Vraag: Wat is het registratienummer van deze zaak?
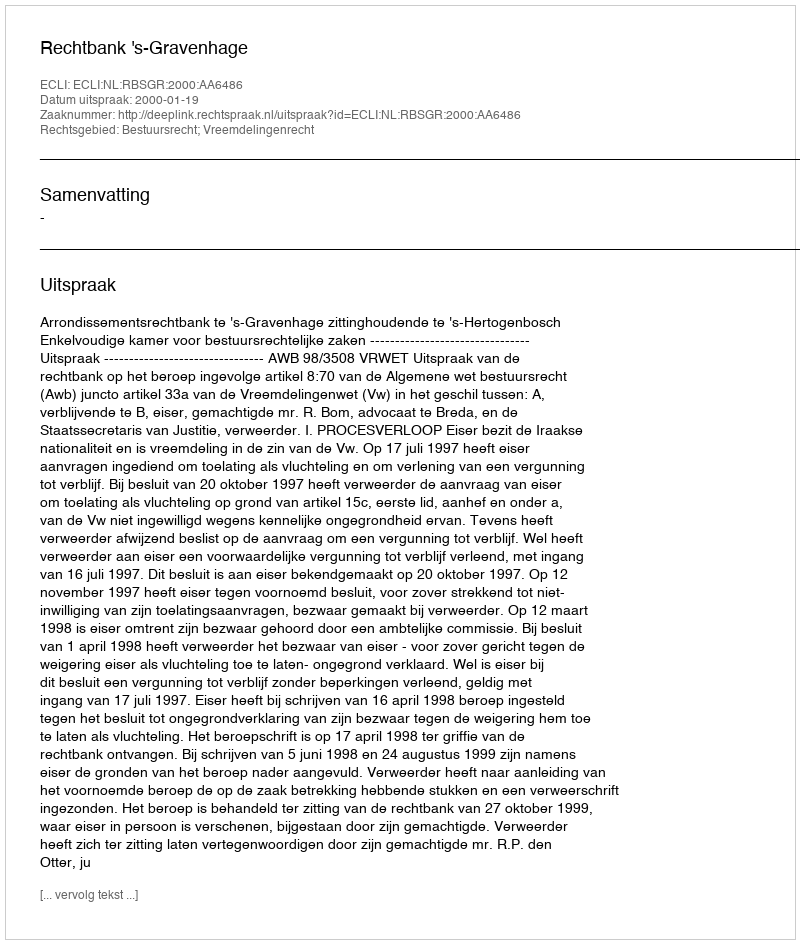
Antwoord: http://deeplink.rechtspraak.nl/uitspraak?id=ECLI:NL:RBSGR:2000:AA6486